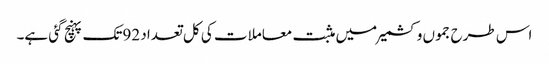
اس طرح جموں وکشمیر میں مثبت معاملات کی کل تعداد 92تک پہنچ گئی ہے۔